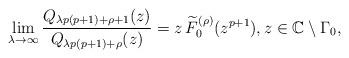
LaTeX: \begin{align*}\lim_{\lambda\rightarrow\infty}\frac{Q_{\lambda p(p+1)+\rho+1}(z)}{Q_{\lambda p(p+1)+\rho}(z)}=z\,\widetilde{F}_{0}^{(\rho)}(z^{p+1}),z\in\mathbb{C}\setminus\Gamma_{0},\end{align*}